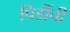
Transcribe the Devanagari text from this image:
पिडींची